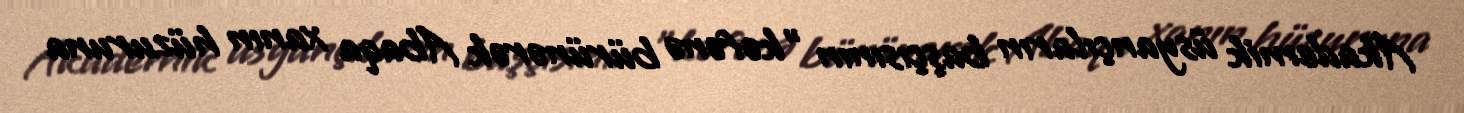
Akademik üsyançıların başçısının "kəfənə bürünərək Abaqa xanın hüzuruna